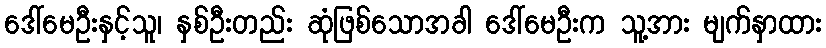
ဒေါ်မေဦးနှင့်သူ၊ နှစ်ဦးတည်း ဆုံဖြစ်သောအခါ ဒေါ်မေဦးက သူ့အား မျက်နှာထား